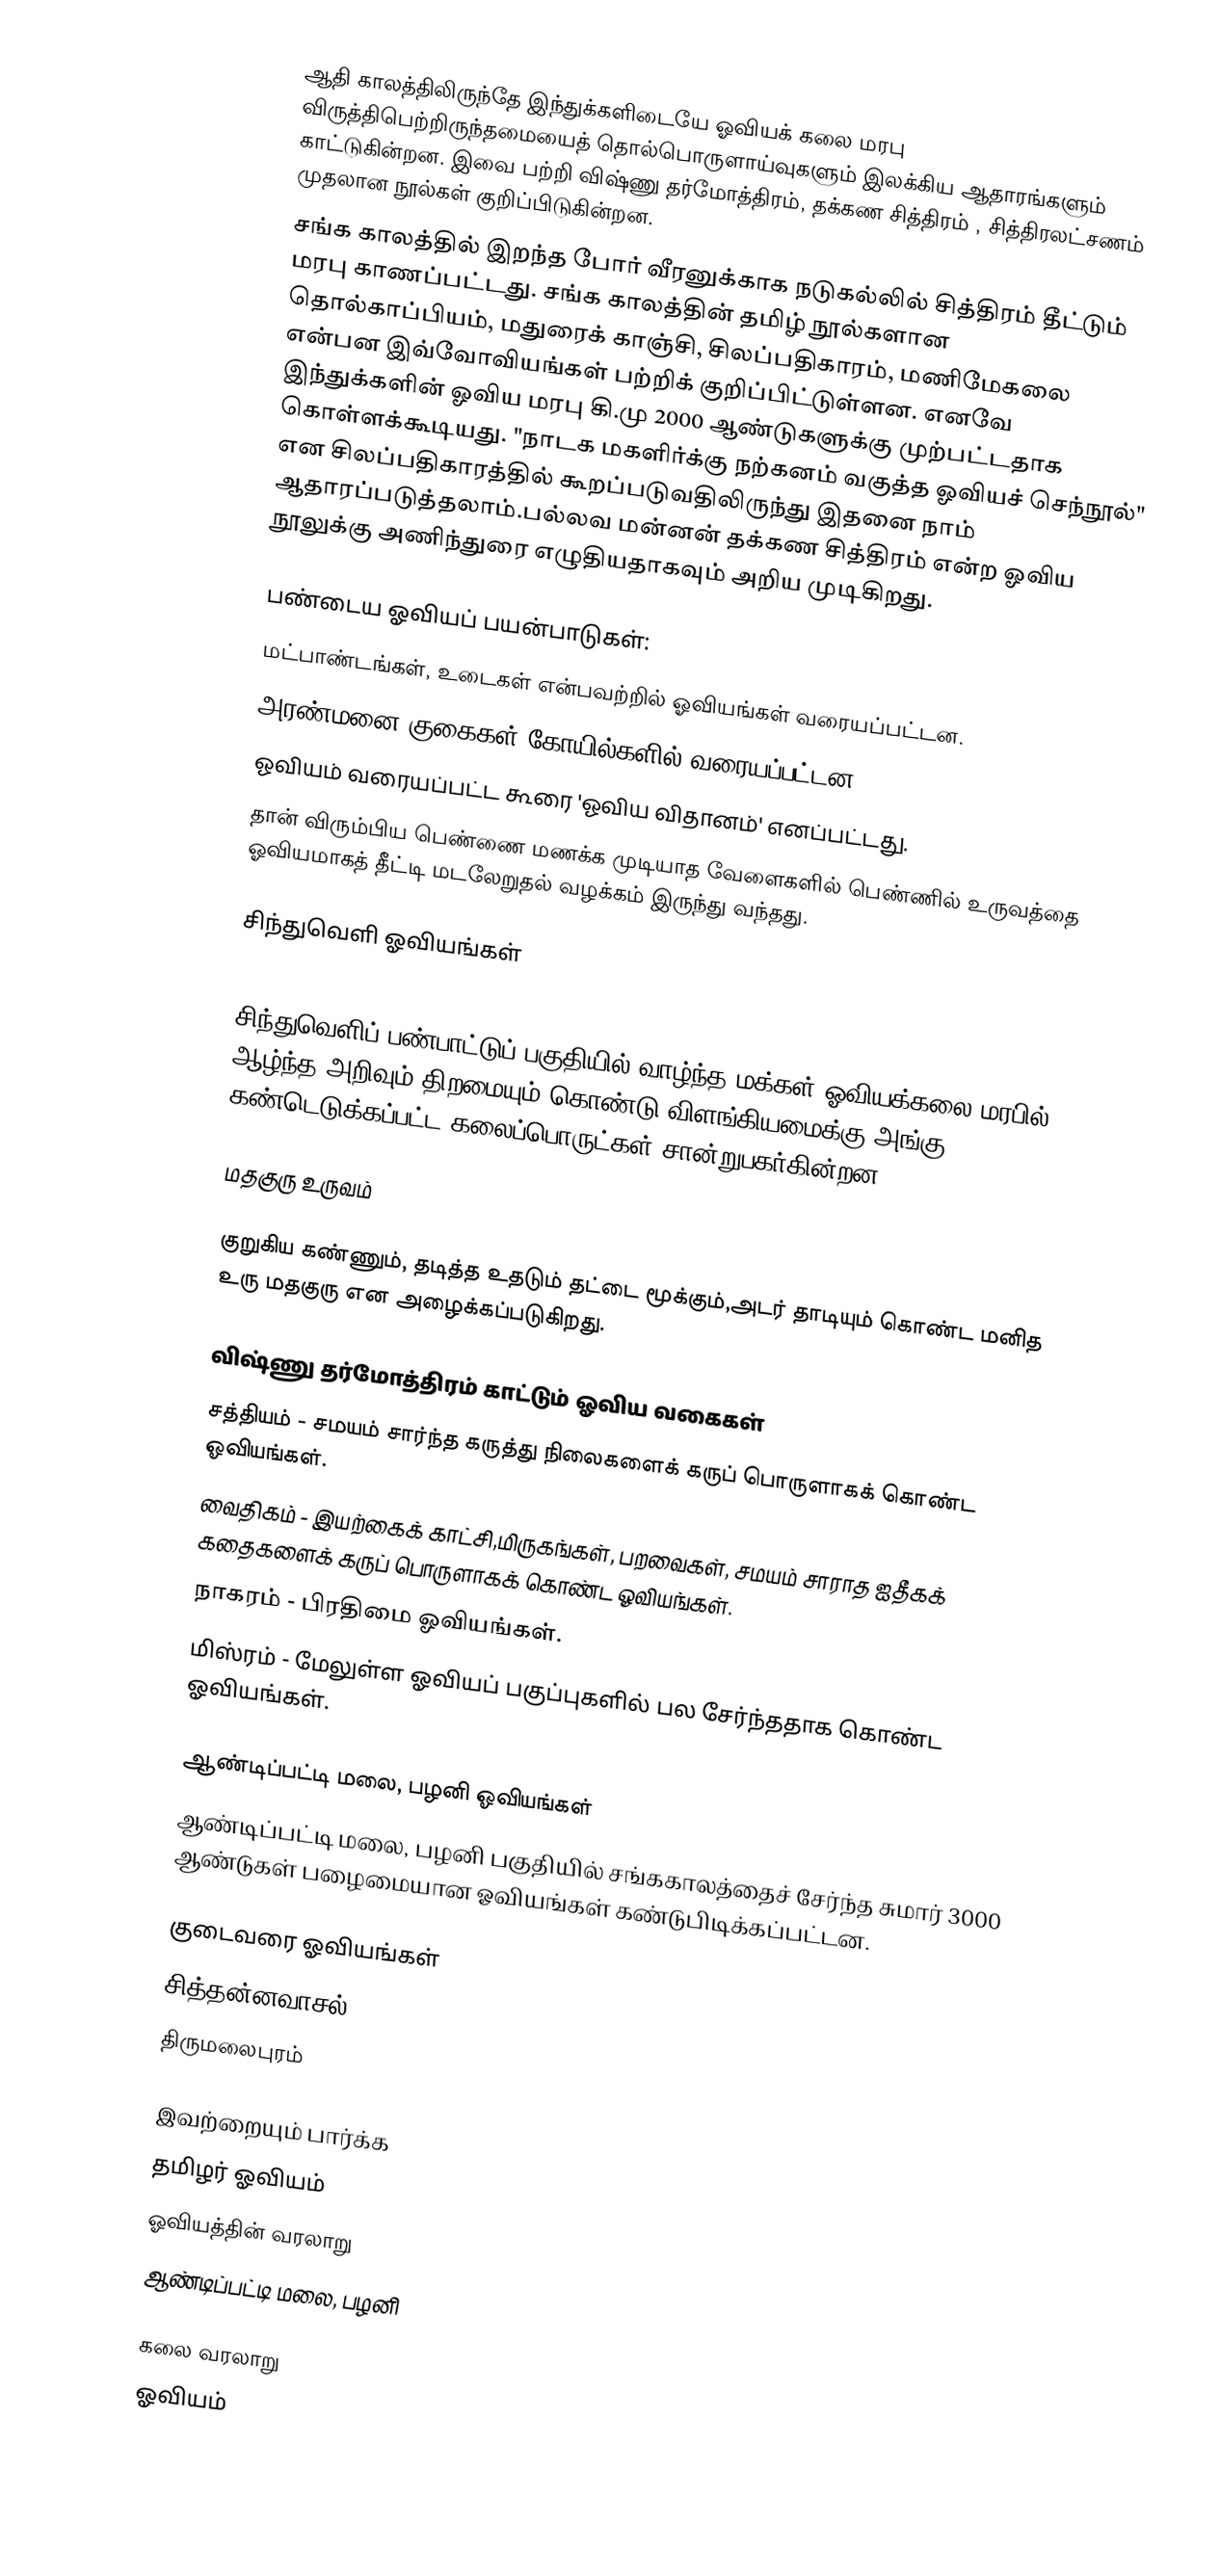
ஆதி காலத்திலிருந்தே இந்துக்களிடையே ஓவியக் கலை மரபு விருத்திபெற்றிருந்தமையைத் தொல்பொருளாய்வுகளும் இலக்கிய ஆதாரங்களும் காட்டுகின்றன. இவை பற்றி விஷ்ணு தர்மோத்திரம், தக்கண சித்திரம் , சித்திரலட்சணம் முதலான நூல்கள் குறிப்பிடுகின்றன.
சங்க காலத்தில் இறந்த போர் வீரனுக்காக நடுகல்லில் சித்திரம் தீட்டும் மரபு காணப்பட்டது. சங்க காலத்தின் தமிழ் நூல்களான தொல்காப்பியம், மதுரைக் காஞ்சி, சிலப்பதிகாரம், மணிமேகலை என்பன இவ்வோவியங்கள் பற்றிக் குறிப்பிட்டுள்ளன. எனவே இந்துக்களின் ஓவிய மரபு கி.மு 2000 ஆண்டுகளுக்கு முற்பட்டதாக கொள்ளக்கூடியது. "நாடக மகளிர்க்கு நற்கனம் வகுத்த ஓவியச் செந்நூல்" என சிலப்பதிகாரத்தில் கூறப்படுவதிலிருந்து இதனை நாம் ஆதாரப்படுத்தலாம்.பல்லவ மன்னன் தக்கண சித்திரம் என்ற ஓவிய நூலுக்கு அணிந்துரை எழுதியதாகவும் அறிய முடிகிறது.

பண்டைய ஓவியப் பயன்பாடுகள்:
 மட்பாண்டங்கள், உடைகள் என்பவற்றில் ஓவியங்கள் வரையப்பட்டன.
 அரண்மனை குகைகள் கோயில்களில் வரையப்பட்டன.
 ஓவியம் வரையப்பட்ட கூரை 'ஓவிய விதானம்' எனப்பட்டது.
 தான் விரும்பிய பெண்ணை மணக்க முடியாத வேளைகளில் பெண்ணில் உருவத்தை ஓவியமாகத் தீட்டி மடலேறுதல் வழக்கம் இருந்து வந்தது.

சிந்துவெளி ஓவியங்கள்

சிந்துவெளிப் பண்பாட்டுப் பகுதியில் வாழ்ந்த மக்கள் ஓவியக்கலை மரபில் ஆழ்ந்த அறிவும் திறமையும் கொண்டு விளங்கியமைக்கு அங்கு கண்டெடுக்கப்பட்ட கலைப்பொருட்கள் சான்றுபகர்கின்றன.

மதகுரு உருவம்

குறுகிய கண்ணும், தடித்த உதடும் தட்டை மூக்கும்,அடர் தாடியும் கொண்ட மனித உரு மதகுரு என அழைக்கப்படுகிறது.

விஷ்ணு தர்மோத்திரம் காட்டும் ஓவிய வகைகள்
 சத்தியம் - சமயம் சார்ந்த கருத்து நிலைகளைக் கருப் பொருளாகக் கொண்ட ஓவியங்கள்.
 வைதிகம் - இயற்கைக் காட்சி,மிருகங்கள், பறவைகள், சமயம் சாராத ஐதீகக் கதைகளைக் கருப் பொருளாகக் கொண்ட ஓவியங்கள்.
 நாகரம் - பிரதிமை ஓவியங்கள்.
 மிஸ்ரம் - மேலுள்ள ஓவியப் பகுப்புகளில் பல சேர்ந்ததாக கொண்ட ஓவியங்கள்.

ஆண்டிப்பட்டி மலை, பழனி ஓவியங்கள்
ஆண்டிப்பட்டி மலை, பழனி பகுதியில் சங்ககாலத்தைச் சேர்ந்த சுமார் 3000 ஆண்டுகள் பழைமையான ஓவியங்கள் கண்டுபிடிக்கப்பட்டன.

குடைவரை ஓவியங்கள்
சித்தன்னவாசல்
திருமலைபுரம்

இவற்றையும் பார்க்க
 தமிழர் ஓவியம்
 ஓவியத்தின் வரலாறு
  ஆண்டிப்பட்டி மலை, பழனி

கலை வரலாறு
ஓவியம்